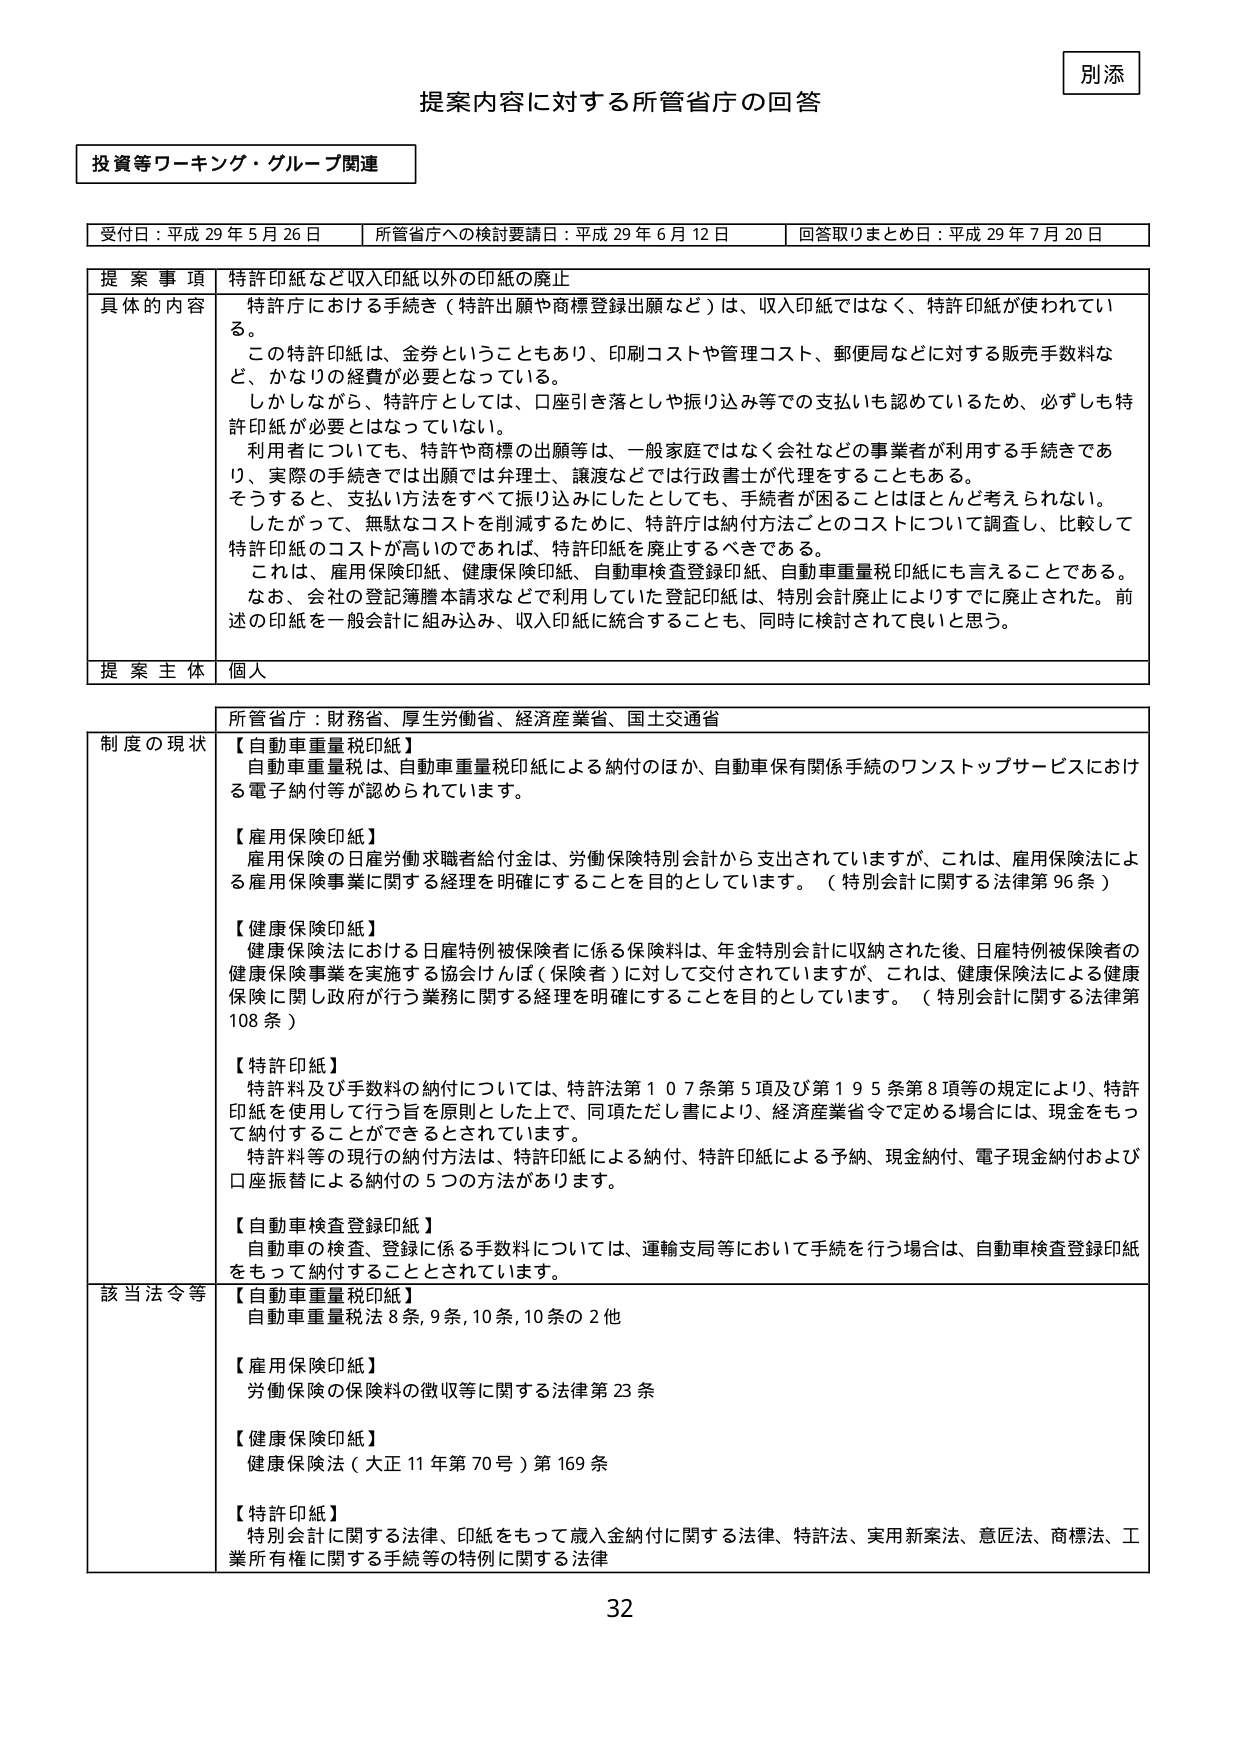
別添
提案内容に対する所管省庁の回答

投資等ワーキング・グループ関連

受付日：平成29年5月26日　　所管省庁への検討要請日：平成29年6月12日　　回答取りまとめ日：平成29年7月20日

提案事項　特許印紙など収入印紙以外の印紙の廃止
具体的な内容　特許庁における手続き（特許出願や商標登録出願など）は、収入印紙ではなく、特許印紙が使われている。
この特許印紙は、金券ということもあり、印刷コストや管理コスト、郵便局などに対する販売手数料など、かなりの経費が必要となっている。
しかしながら、特許庁としては、口座引き落としや振り込み等での支払いも認めているため、必ずしも特許印紙が必要とはなっていない。
利用者についても、特許や商標の出願等は、一般家庭ではなく会社などの事業者が利用する手続きであり、実際の手続きでは出願では弁理士、譲渡などでは行政書士が代理をすることもある。
そうすると、支払い方法をすべて振り込みにしたとしても、手続者が困ることはほとんど考えられない。
したがって、無駄なコストを削減するために、特許庁は納付方法ごとのコストについて調査し、比較して特許印紙のコストが高いのであれば、特許印紙を廃止するべきである。
これは、雇用保険印紙、健康保険印紙、自動車検査登録印紙、自動車重量税印紙にも言えることである。
なお、会社の登記簿謄本請求などで利用していた登記印紙は、特別会計廃止によりすでに廃止された。前述の印紙を一般会計に組み込み、収入印紙に統合することも、同時に検討されて良いと思う。

提案主体　個人

所管省庁：財務省、厚生労働省、経済産業省、国土交通省

制度の現状
【自動車重量税印紙】
自動車重量税は、自動車重量税印紙による納付のほか、自動車保有関係手続のワンストップサービスにおける電子納付等が認められています。

【雇用保険印紙】
雇用保険の日雇労働求職者給付金は、労働保険特別会計から支出されていますが、これは、雇用保険法による雇用保険事業に関する経理を明確にすることを目的としています。（特別会計に関する法律第96条）

【健康保険印紙】
健康保険法における日雇特例被保険者に係る保険料は、年金特別会計に収納された後、日雇特例被保険者の健康保険事業を実施する協会けんぽ（保険者）に対して交付されていますが、これは、健康保険法による健康保険に関し政府が行う業務に関する経理を明確にすることを目的としています。（特別会計に関する法律第108条）

【特許印紙】
特許料及び手数料の納付については、特許法第107条第5項及び第195条第8項等の規定により、特許印紙を使用して行う旨を原則とした上で、同項ただし書により、経済産業省令で定める場合には、現金をもって納付することができるとしています。
特許料等の現行の納付方法は、特許印紙による納付、特許印紙による予納、現金納付、電子現金納付および口座振替による納付の5つの方法があります。

【自動車検査登録印紙】
自動車の検査、登録に係る手数料については、運輸支局等において手続を行う場合は、自動車検査登録印紙をもって納付することとされています。

該当法令等
【自動車重量税印紙】
自動車重量税法8条、9条、10条、10条の2他

【雇用保険印紙】
労働保険の保険料の徴収等に関する法律第23条

【健康保険印紙】
健康保険法（大正11年第70号）第169条

【特許印紙】
特別会計に関する法律、印紙をもって歳入金納付に関する法律、特許法、実用新案法、意匠法、商標法、工業所有権に関する手続等の特例に関する法律

32